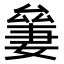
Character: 𠬎